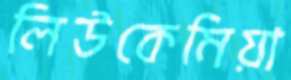
লিউকেমিয়া